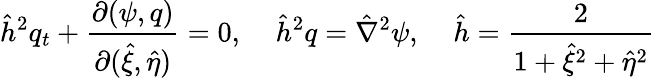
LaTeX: \hat{h}^{2}q_{t}+\frac{\partial(\psi,q)}{\partial(\hat{\xi},\hat{\eta})}=0,\; \; \; \; \hat{h}^{2}q=\hat{\nabla}^{2}\psi,\; \; \; \; \hat{h}=\frac{2}{1+\hat{\xi}^{2}+\hat{\eta}^{2}}